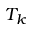
T _ { k }